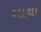
બાથી